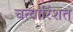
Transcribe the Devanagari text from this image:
चत्वारिंशत्